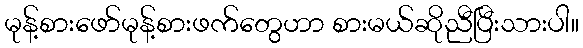
မုန့်စားဖော်မုန့်စားဖက်တွေဟာ စားမယ်ဆိုညီပြီးသားပါ။